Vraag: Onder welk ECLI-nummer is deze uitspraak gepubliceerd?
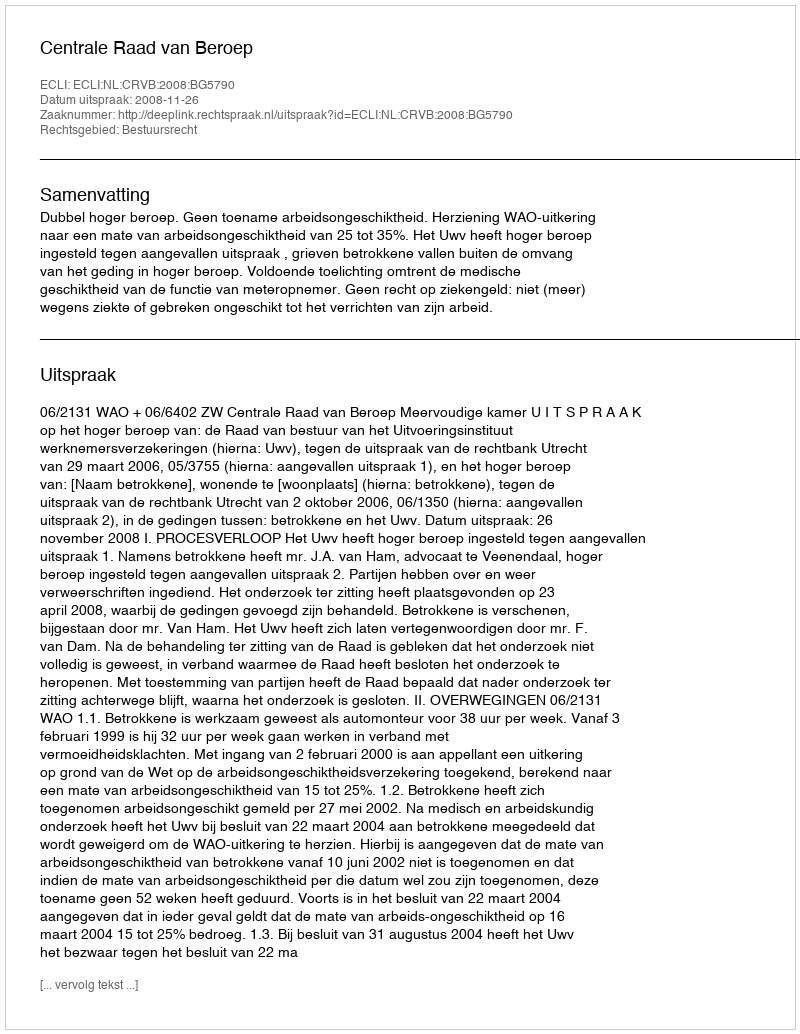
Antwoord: ECLI:NL:CRVB:2008:BG5790